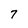
Character: 7